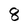
Character: 8